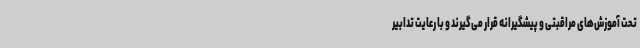
تحت آموزش‌های مراقبتی و پیشگیرانه قرار می‌گیرند و با رعایت تدابیر